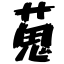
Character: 蒐